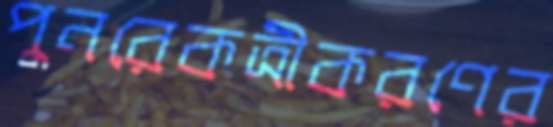
পুনরেকত্রীকরণের